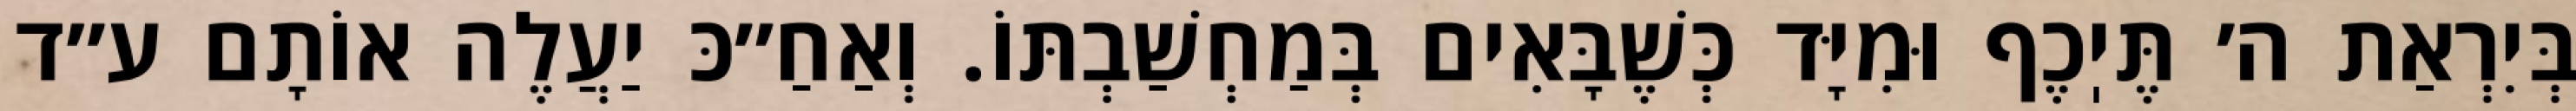
בְּיִרְאַת ה׳ תֶּיֽכֶף וּמִיָּד כְּשֶׁבָּאִים בְּמַחְשַׁבְתּוֹ. וְאַחַ״כּ יַעֲלֶה אוֹתָם ע״ד